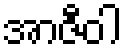
အာဇီဝါ